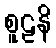
စူဠနိ